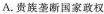
A.贵族垄断国家政权